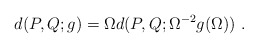
\begin{align*}d(P,Q; g) = \Omega d(P,Q; \Omega^{-2} g(\Omega))~.\end{align*}